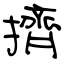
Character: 擠